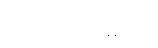
ဒါယိကာမများ